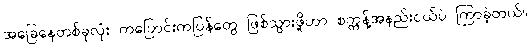
အခြေနေတစ်ခုလုံး ကပြောင်းကပြန်တွေ ဖြစ်သွားဖို့ဟာ စက္ကန့်အနည်းငယ်ပဲ ကြာခဲ့တယ်။